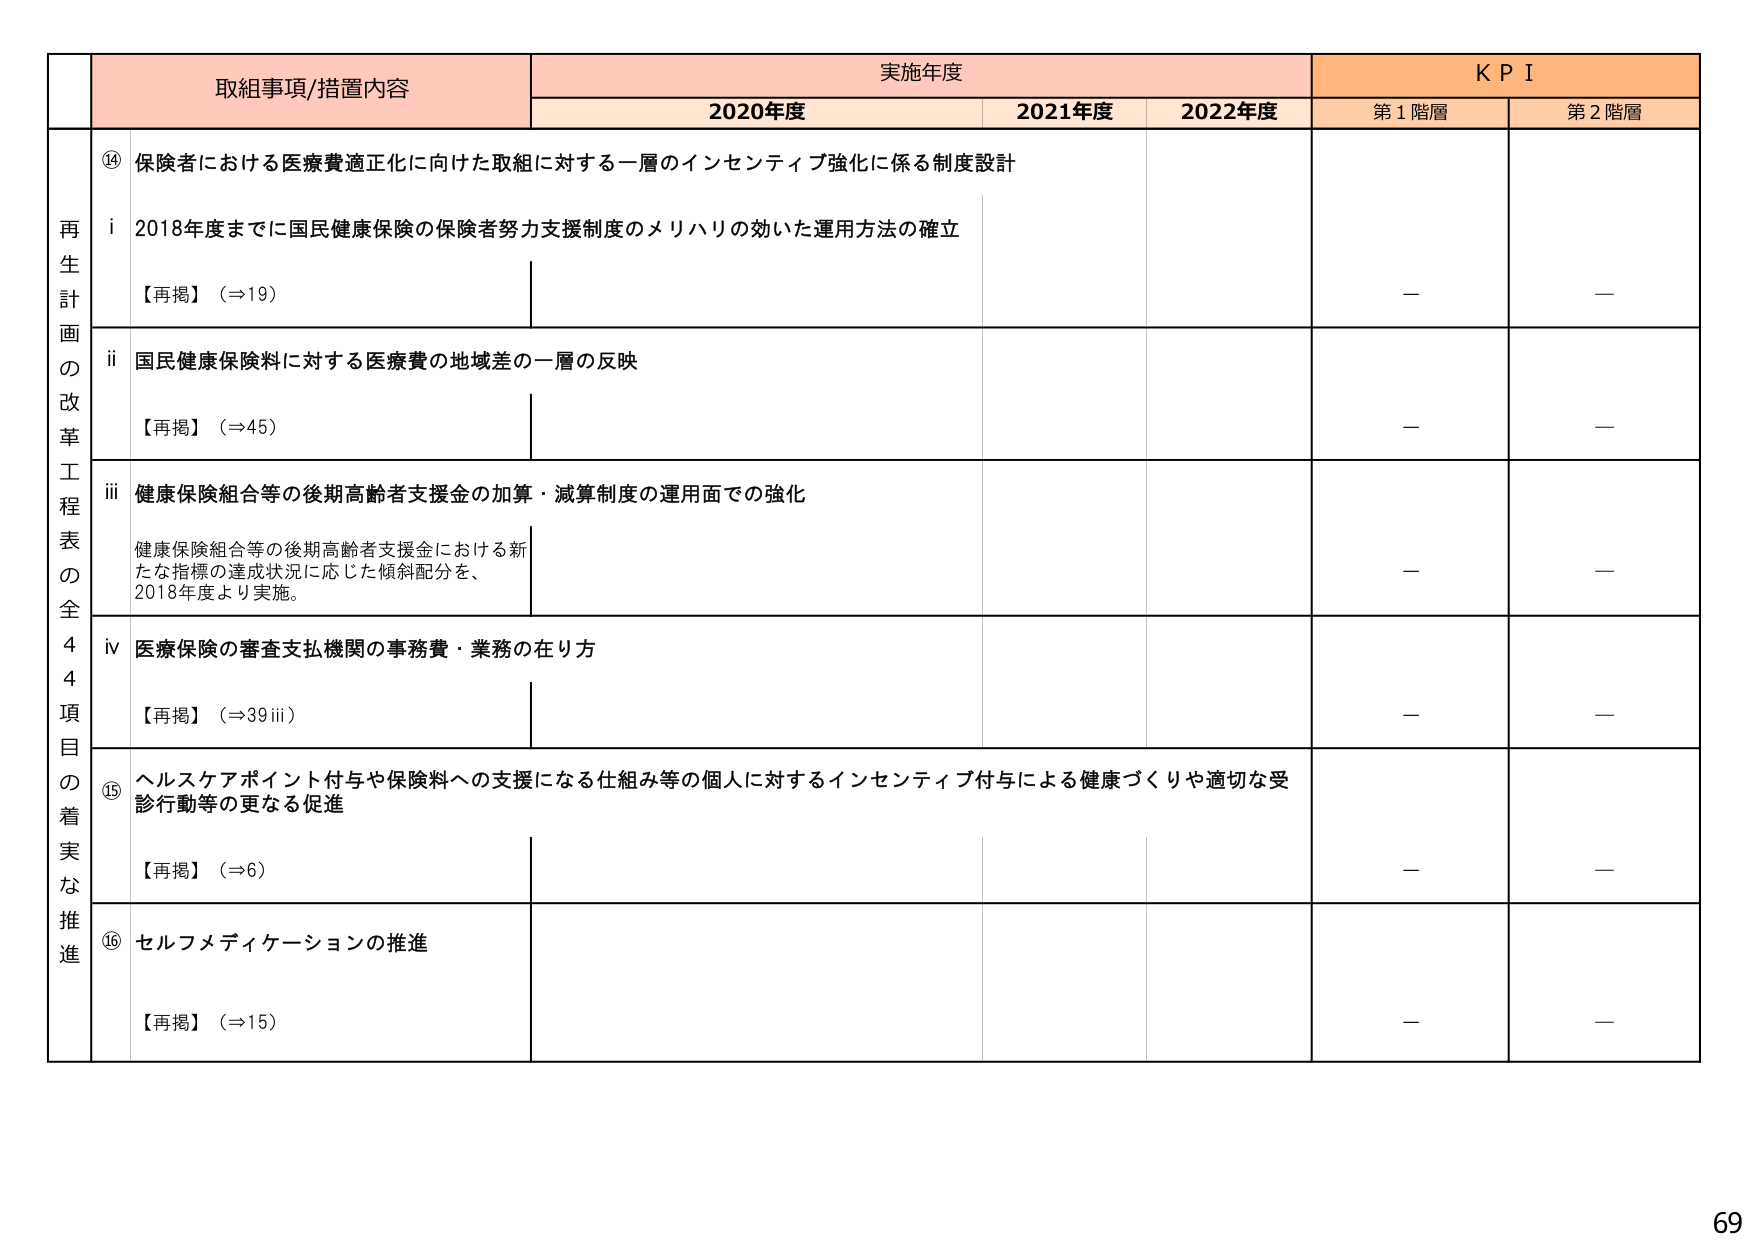
再生計画の改革工程表の全44項目の着実な推進

取組事項/措置内容

実施年度

KPI

2020年度

2021年度

2022年度

第1階層

第2階層

⑭ 保険者における医療費適正化に向けた取組に対する一層のインセンティブ強化に係る制度設計

i 2018年度までに国民健康保険の保険者努力支援制度のメリハリの効いた運用方法の確立

【再掲】（⇒19）

—

—

ii 国民健康保険料に対する医療費の地域差の一層の反映

【再掲】（⇒45）

—

—

iii 健康保険組合等の後期高齢者支援金の加算・減算制度の運用面での強化

健康保険組合等の後期高齢者支援金における新たな指標の達成状況に応じた傾斜配分を、2018年度より実施。

—

—

iv 医療保険の審査支払機関の事務費・業務の在り方

【再掲】（⇒39 iii）

—

—

⑮ ヘルスケアポイント付与や保険料への支援になる仕組み等の個人に対するインセンティブ付与による健康づくりや適切な受診行動等の更なる促進

【再掲】（⇒6）

—

—

⑯ セルフメディケーションの推進

【再掲】（⇒15）

—

—

69